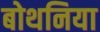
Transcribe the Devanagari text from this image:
बोथनिया